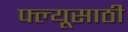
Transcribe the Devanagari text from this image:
फ्ल्यूसाठी